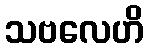
သဗလေဟိ